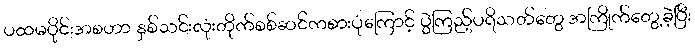
ပထမပိုင်းအစဟာ နှစ်သင်းလုံးတိုက်စစ်ဆင်ကစားပုံကြောင့် ပွဲကြည့်ပရိသတ်တွေ အကြိုက်တွေ့ခဲ့ပြီး